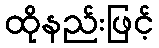
ထိုနည်းဖြင့်